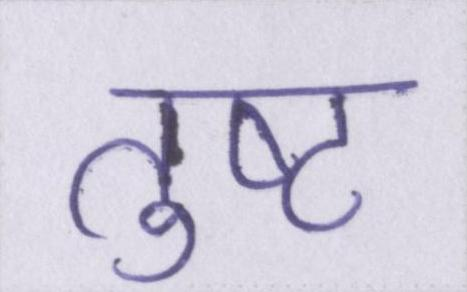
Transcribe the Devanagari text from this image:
तुष्ट